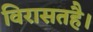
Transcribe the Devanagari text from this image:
विरासतहै।